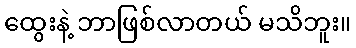
ထွေးနဲ့ ဘာဖြစ်လာတယ် မသိဘူး။